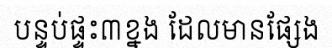
បន្ទប់ផ្ទះ៣ខ្នង ដែលមានផ្សែង